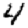
Digit: 4